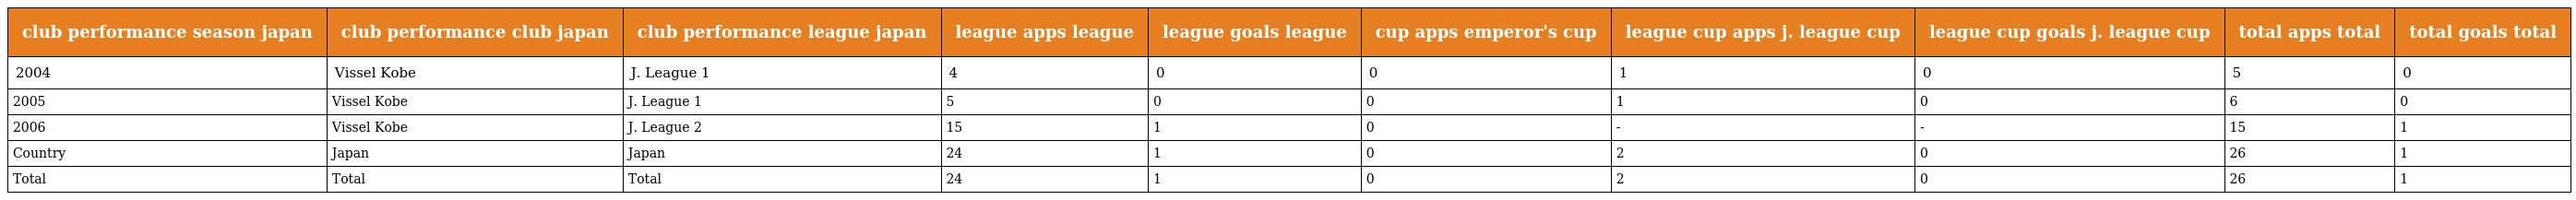
| club performance season japan | club performance club japan | club performance league japan | league apps league | league goals league | cup apps emperor's cup | league cup apps j. league cup | league cup goals j. league cup | total apps total | total goals total |
 | --- | --- | --- | --- | --- | --- | --- | --- | --- | --- |
 | 2004 | Vissel Kobe | J. League 1 | 4 | 0 | 0 | 1 | 0 | 5 | 0 |
 | 2005 | Vissel Kobe | J. League 1 | 5 | 0 | 0 | 1 | 0 | 6 | 0 |
 | 2006 | Vissel Kobe | J. League 2 | 15 | 1 | 0 | - | - | 15 | 1 |
 | Country | Japan | Japan | 24 | 1 | 0 | 2 | 0 | 26 | 1 |
 | Total | Total | Total | 24 | 1 | 0 | 2 | 0 | 26 | 1 |